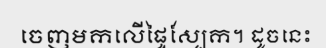
ចេញមកលើផ្ទៃស្បែក។ ដូចនេះ